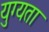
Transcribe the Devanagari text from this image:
युग्यता